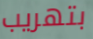
بتهريب